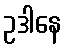
ဥဒါနေ